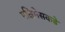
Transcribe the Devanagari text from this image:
पश्चिमेसकडे